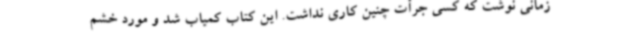
زمانی نوشت که کسی جرأت چنین کاری نداشت. این کتاب کمیاب شد و مورد خشم